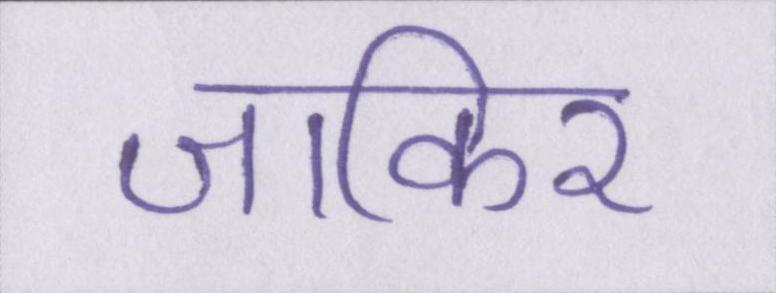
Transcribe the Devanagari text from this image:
जाकिर